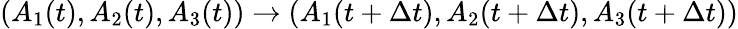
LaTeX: (A_{1}(t),A_{2}(t),A_{3}(t))\rightarrow(A_{1}(t+\Delta t),A_{2}(t+\Delta t),A_{3}(t+\Delta t))